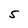
Character: S